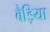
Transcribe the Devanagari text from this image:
बैड़िया